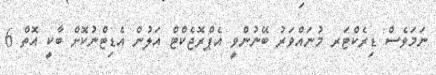
ނަމަވެސް ޑިރެކްޓަރ މުނައްވަރު ބޭނުންވީ އެޕްރޮޖެކްޓް އަލުން އެޑިޓްނުކޮށް ބާކީ އޮތް 6